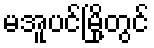
မအူပင်မြို့တွင်